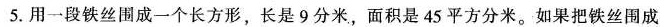
5. 用一段铁丝围成一个长方形，长是 9 分米，面积是 45 平方分米。如果把铁丝围成